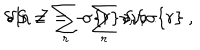
\delta \ln { \cal Z } = - \sum _ { r } \nu _ { r } \delta \sigma \{ r \} \ , \hspace { 0 . 8 c m } \delta S = \sum _ { r } \sigma \{ r \} \, \delta \nu _ { r } \ .